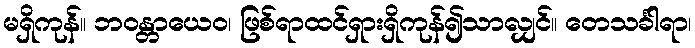
မရှိကုန်။ ဘဝန္တာယေဝ၊ ဖြစ်ရာထင်ရှားရှိကုန်၍သာလျှင်။ တေသင်္ခါရာ၊